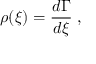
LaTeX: \rho ( \xi ) = \frac { d \Gamma } { d \xi } \; ,